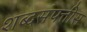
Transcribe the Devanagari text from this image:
शब्दसंपत्तीस